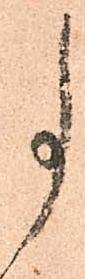
事